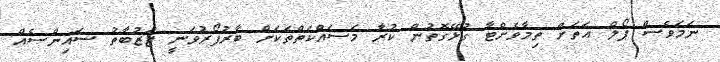
ނަމަވެސް ޕޯލް އަތަށް ތިމާވެށްޓާ ގުޅޭގޮތުން ކުރާ މަސައްކަތްތަކަށް ބާރުފޯރުވަނީ ޖަޒުބާތު ސައިންސެއް